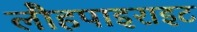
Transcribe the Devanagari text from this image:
लौहपाइराइट